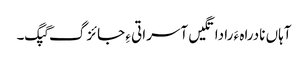
آہاں نادراہ ءَ را داتگیں آسراتی ءِ جائزگ گپگ۔